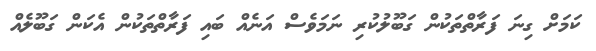
ކަމަށް ގިނަ ފަރާތްތަކުން ގަބޫލުކުރި ނަމަވެސް އަނެއް ބައި ފަރާތްތަކުން އެކަން ގަބޫލެއް